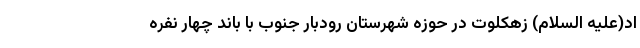
اد(علیه السلام) زهکلوت در حوزه شهرستان رودبار جنوب با باند چهار نفره